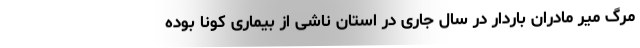
مرگ میر مادران باردار در سال جاری در استان ناشی از بیماری کونا بوده